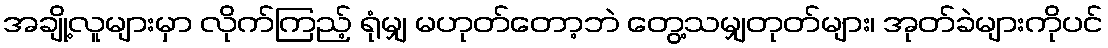
အချို့လူများမှာ လိုက်ကြည့် ရုံမျှ မဟုတ်တော့ဘဲ တွေ့သမျှတုတ်များ၊ အုတ်ခဲများကိုပင်